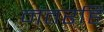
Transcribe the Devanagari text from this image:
नंतरहि